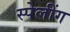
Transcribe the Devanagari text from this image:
स्पेलींग